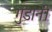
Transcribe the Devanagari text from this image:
गुंडानी